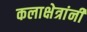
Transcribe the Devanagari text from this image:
कलाक्षेत्रांनी